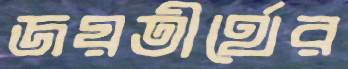
জয়তীর্থের